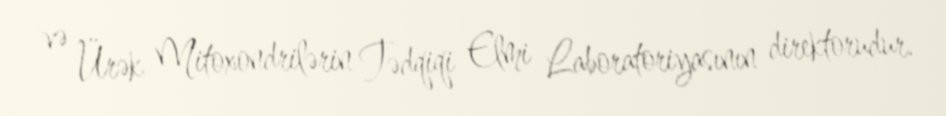
və Ürək Mitoxondrilərin Tədqiqi Elmi Laboratoriyasının direktorudur.